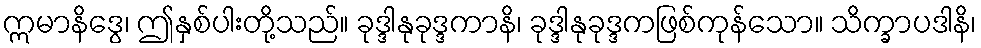
ဣမာနိဒွေ၊ ဤနှစ်ပါးတို့သည်။ ခုဒ္ဒါနုခုဒ္ဒကာနိ၊ ခုဒ္ဒါနုခုဒ္ဒကဖြစ်ကုန်သော။ သိက္ခာပဒါနိ၊